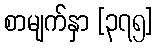
စာမျက်နှာ [၃၇၅]